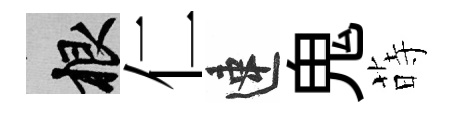
根仁速鬼蒔